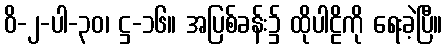
ဝိ-၂-ပါ-၃၀၊ ဋ္ဌ-၁၆။ အပြစ်ခန်း၌ ထိုပါဠိကို ရေးခဲ့ပြီ။